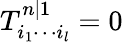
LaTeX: T_{i_{1}\cdots i_{l}}^{n|1}=0